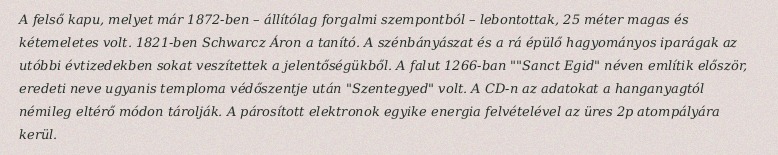
A felső kapu, melyet már 1872-ben – állítólag forgalmi szempontból – lebontottak, 25 méter magas és kétemeletes volt. 1821-ben Schwarcz Áron a tanító. A szénbányászat és a rá épülő hagyományos iparágak az utóbbi évtizedekben sokat veszítettek a jelentőségükből. A falut 1266-ban ""Sanct Egid" néven említik először, eredeti neve ugyanis temploma védőszentje után "Szentegyed" volt. A CD-n az adatokat a hanganyagtól némileg eltérő módon tárolják. A párosított elektronok egyike energia felvételével az üres 2p atompályára kerül.